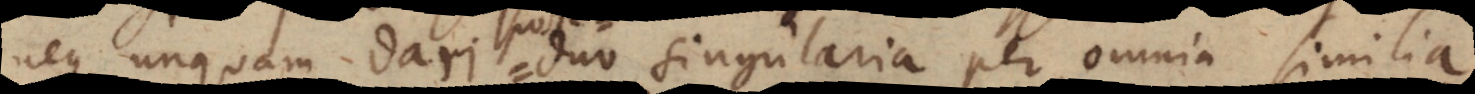
neque unquam dari duo singularia per omnia similia